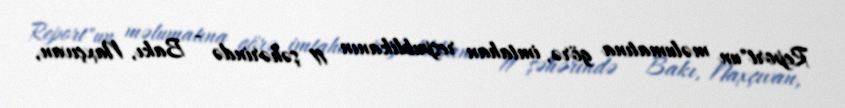
Report"un məlumatına görə, imtahan respublikanın 11 şəhərində - Bakı, Naxçıvan,